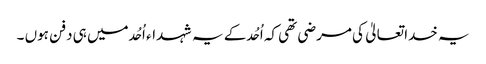
یہ خدا تعالیٰ کی مرضی تھی کہ اُحُد کے یہ شہداء اُحُد میں ہی دفن ہوں ۔